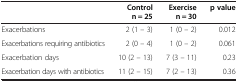
|  | Control n = 25 | Exercise n = 30 | p value |
 | --- | --- | --- | --- |
 | Exacerbations | 2 (1 – 3) | 1 (0 – 2) | 0.012 |
 | Exacerbations requiring antibiotics | 2 (0 – 4) | 1 (0 – 2) | 0.061 |
 | Exacerbation days | 10 (2 – 13) | 7 (3 – 11) | 0.23 |
 | Exacerbation days with antibiotics | 11 (2 – 15) | 7 (2 – 13) | 0.36 |